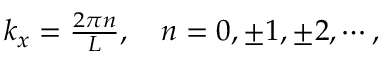
\begin{array} { r } { k _ { x } = \frac { 2 \pi n } { L } , \quad n = 0 , \pm 1 , \pm 2 , \cdots , } \end{array}